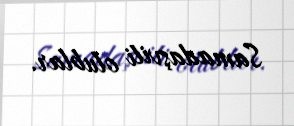
Samadaşvili olublar.